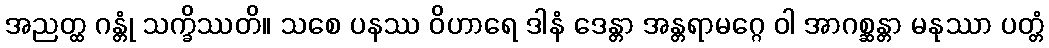
အညတ္ထ ဂန္တုံ သက္ခိဿတိ။ သစေ ပနဿ ဝိဟာရေ ဒါနံ ဒေန္တာ အန္တရာမဂ္ဂေ ဝါ အာဂစ္ဆန္တာ မနုဿာ ပတ္တံ